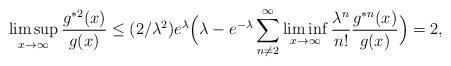
LaTeX: \begin{align*} \limsup_{x\to \infty} \frac{g^{\ast 2}(x)}{g(x)} & \le (2/\lambda^2) e^\lambda \Big(\lambda -e^{-\lambda} \sum_{n\neq 2}^\infty \liminf_{x\to\infty} \frac{\lambda^n}{n!} \frac{g^{\ast n}(x)}{g(x)}\Big)=2, \end{align*}